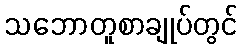
သဘောတူစာချုပ်တွင်